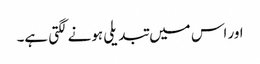
اور اس میں تبدیلی ہونے لگتی ہے۔